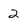
Character: 2